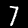
Label: 7